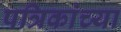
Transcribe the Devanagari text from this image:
पत्रिकांच्या